King Institute of Preventive Medicine Bacteriolog. Section reports 1907-08
Year: 1907
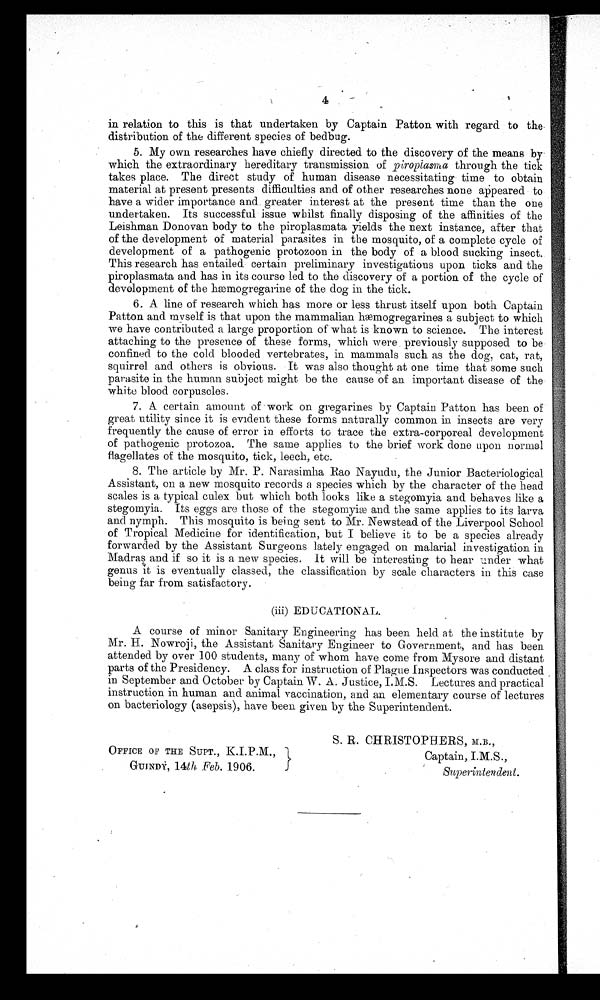
4
in relation to this is that undertaken by Captain Patton with regard to the.
distribution of the different species of bedbug.
5. My own researches have chiefly directed to the discovery of the means by
which the extraordinary hereditary transmission of piroplasma through the tick
takes place. The direct study of human disease necessitating time to obtain
material at present presents difficulties and of other researches none appeared to
have a wider importance and greater interest at the present time than the one
undertaken. Its successful issue whilst finally disposing of the affinities of the
Leishman Donovan body to the piroplasmata yields the next instance, after that
of the development of material parasites in the mosquito, of a complete cycle of
development of a pathogenic protozoon in the body of a blood sucking insect.
This research has entailed certain preliminary investigations upon ticks and the
piroplasmata and has in its course led to the discovery of a portion. of the cycle of
development of the hæmogregarine of the dog in the tick.
6. A line of research which has more or less thrust itself upon both Captain
Patton and myself is that upon the mammalian hæmogregarines a subject to which
we have contributed a large proportion of what is known to science. The interest
attaching to the presence of these forms, which were . previously supposed to be
confined to the cold blooded vertebrates, in mammals such as the dog, cat, rat,
squirrel. and others is obvious. It was also thought at one time that some such
parasite in the human subject might be the cause of an important disease of the
white blood corpuscles.
7. A certain amount of work on gregarines by Captain Patton has been of
great utility since it is evident these forms naturally common in insects are very
frequently the cause of error in efforts to trace the extra-corporeal development
of pathogenic protozoa. The same applies to the brief work done upon normal
flagellates of the mosquito, tick, leech, etc.
8. The article by Mr. P. Narasimha Rao Nayudu, the Junior Bacteriological
Assistant, on a new mosquito records a species which by the character of the head
scales is a typical culex but which both looks like a stegomyia and behaves like a
stegomyia. Its eggs are those of the stegomyiæ and the same applies to its larva
and nymph. This mosquito is being sent to Mr. Newstead of the Liverpool School
of Tropical Medicine for identification, but I believe it to be a species already
forwarded by the Assistant Surgeons lately engaged on malarial investigation in
Madras and if so it is a new species. It will be interesting to hear Under what
genus it is eventually classed, the classification by scale characters in this case C
being far from satisfactory.
(iii) EDUCATIONAL.
A course of minor Sanitary Engineering has been held at the institute by
Mr. H. Nowroji, the Assistant Sanitary Engineer to Government, and has been
attended by over 100 students, many of whom have come from Mysore and distant
parts of the Presidency. A class for instruction of Plague Inspectors was conducted
in September and October by Captain W. A. Justice, I.M.S. Lectures and practical
instruction in human and animal vaccination, and an elementary course of lectures
on bacteriology (asepsis), have been given by the Superintendent.
OFFICE OF THE SUPT., K.I.P.M.,
GUINDY, 14th Feb. 1906.
S. R. CHRISTOPHERS, M.B. ,
Captain, I.M.S.,
S u p e r i n t e n d e n t .